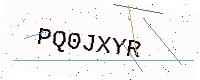
Text: PQ0JXYR